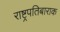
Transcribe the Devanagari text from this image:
राष्ट्रपतिबाराक